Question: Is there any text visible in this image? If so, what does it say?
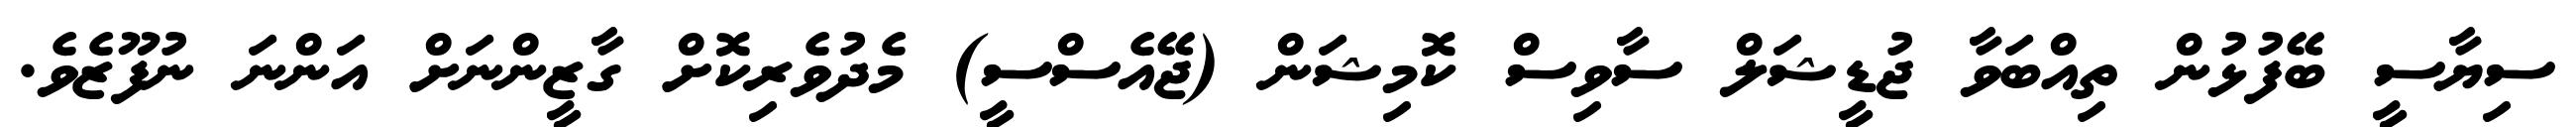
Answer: ސިޔާސީ ބޭފުޅުން ތިއްބަވާ ޖުޑީޝަލް ސާވިސް ކޮމިޝަން (ޖޭއެސްސީ) މެދުވެރިކޮށް ގާޒީންނަށް އަންނަ ނުފޫޒެވެ.